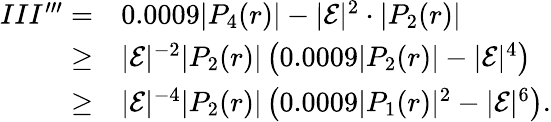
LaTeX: \begin{array}{rl}{III^{\prime\prime\prime}=}&{0.0009|P_{4}(r)|-|\mathcal{E}|^{2}\cdot|P_{2}(r)|}\\ {\geq}&{|\mathcal{E}|^{-2}|P_{2}(r)|\left(0.0009|P_{2}(r)|-|\mathcal{E}|^{4}\right)}\\ {\geq}&{|\mathcal{E}|^{-4}|P_{2}(r)|\left(0.0009|P_{1}(r)|^{2}-|\mathcal{E}|^{6}\right).}\end{array}